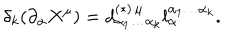
LaTeX: \delta _ { k } ( \partial _ { \alpha } X ^ { \mu } ) = d _ { \alpha _ { 1 } \ldots \alpha _ { k } } ^ { ( \ast ) \, \mu } l _ { \alpha } ^ { \alpha _ { 1 } \ldots \alpha _ { k } } .